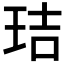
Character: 𤥐